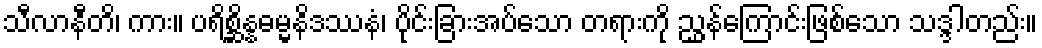
သီလာနီတိ၊ ကား။ ပရိစ္ဆိန္နဓမ္မနိဒဿနံ၊ ပိုင်းခြားအပ်သော တရားကို ညွှန်ကြောင်းဖြစ်သော သဒ္ဒါတည်း။